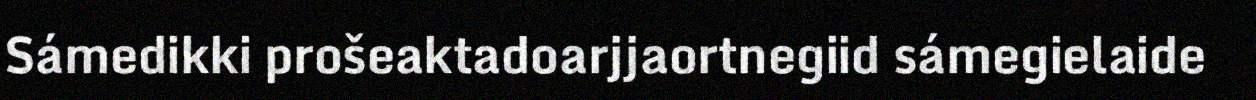
Sámedikki prošeaktadoarjjaortnegiid sámegielaide